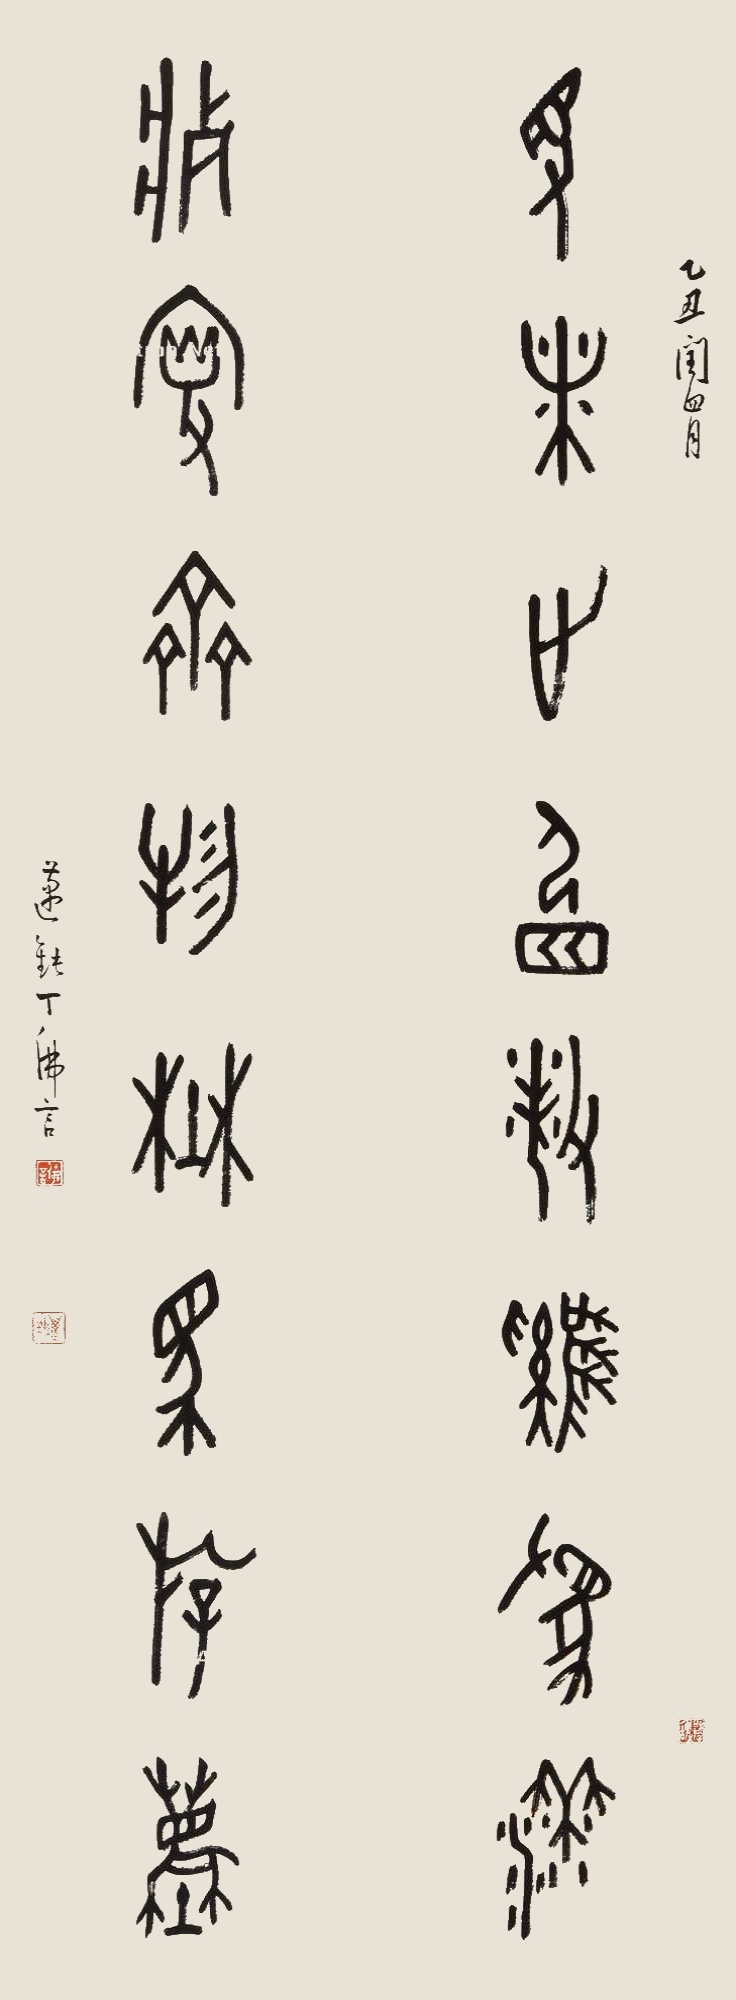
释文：见穗止宿杀鸡为黍，舨叟齐物野马游尘。乙丑闰四月，迈钝丁佛言。